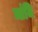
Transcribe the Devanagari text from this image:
ब्तंजि